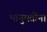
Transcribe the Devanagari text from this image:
भानुमतींना